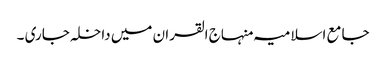
جامع اسلامیہ منہاج القران میں داخلہ جاری ۔